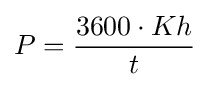
P={{3600\cdot Kh} \over t}